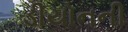
ડીયોનની